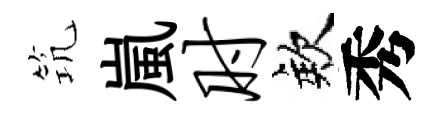
𥬑嵐肘欸秀